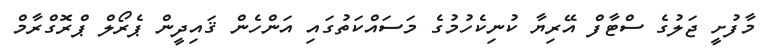
މާފުށީ ޖަލުގެ ސްޓާފް އޭރިޔާ ކުނިކެހުމުގެ މަސައްކަތުގައި އަންހެން ޤައިދީން ޕެރޯލް ޕްރޮގްރާމް